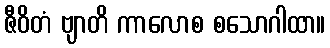
ဇီဝိတံ ဗျာတိ ကာလောစ စသောဂါထာ။